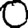
Digit: 0